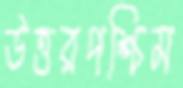
উত্তরপশ্চিম